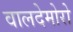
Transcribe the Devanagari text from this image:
वालदेमोरो